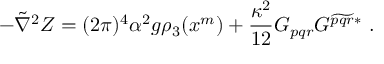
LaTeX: - \tilde { \nabla } ^ { 2 } Z = ( 2 \pi ) ^ { 4 } \alpha ^ { 2 } g \rho _ { 3 } ( x ^ { m } ) + \frac { \kappa ^ { 2 } } { 1 2 } G _ { p q r } G ^ { \widetilde { p q r } * } \ .